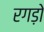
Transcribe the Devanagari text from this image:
रगड़ो